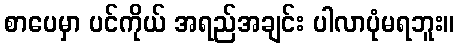
စာပေမှာ ပင်ကိုယ် အရည်အချင်း ပါလာပုံမရဘူး။